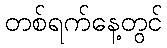
တစ်ရက်နေ့တွင်